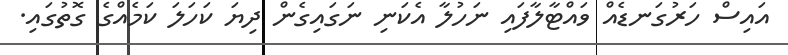
އައިސް ހަރުގަނޑެއް ވައްޓާލާފައި ނަހުލާ އެކަނި ނަގައިގެން ދިޔަ ކަހަލަ ކަމެއްގެ ގޮތުގައި.